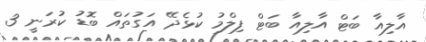
އާލިއާ ބަޓް އާލިއާ ބަޓް ފިލްމު ކުޅެދޭ އަގުތައް ބޮޑު ކުރަނީ 3